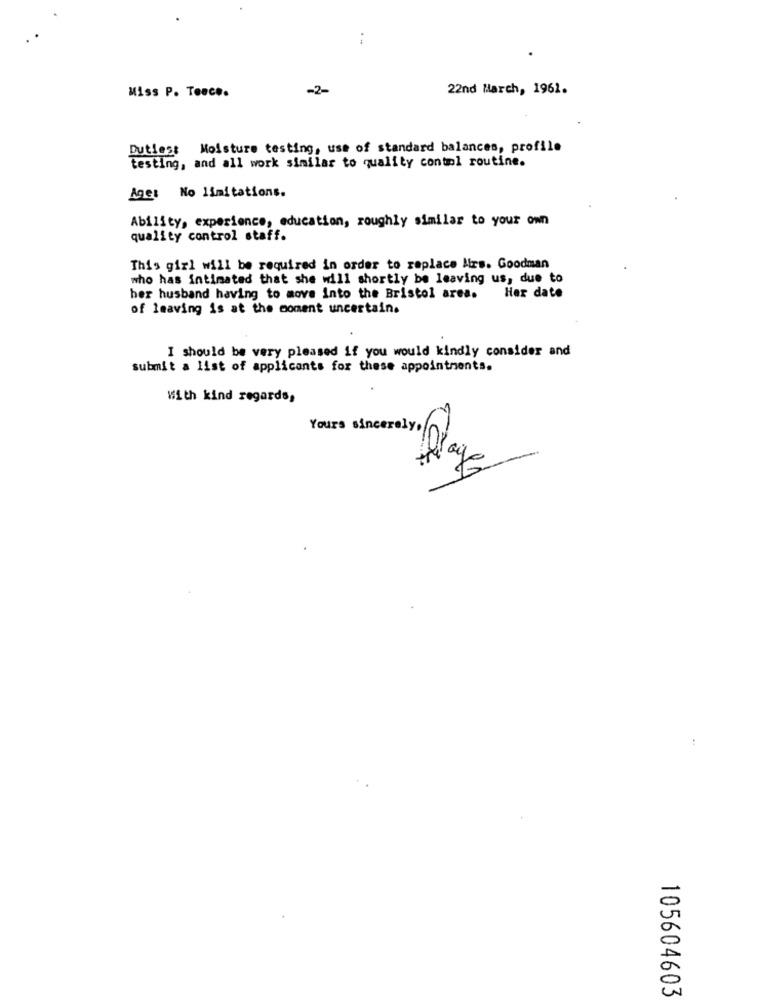
. -
Miss P. Tence.
-2-
22nd March, 1961.
Dutiest Moisture testing, use of standard balances, profile
testing, and all work similar to quality control routine.
Age: No limitations.
Ability, experience, education, roughly similar to your own
quality control staff.
This girl will be required in order to replace Ars. Goodman
who has intimated that she will shortly be leaving us, due to
her husband having to move into the Bristol ares. Her date
of leaving is at the moment uncertain.
I should be very pleased if you would kindly consider and
submit a list of applicants for these appointments.
With kind regards,
Yours sincerely,
5
0
105604603